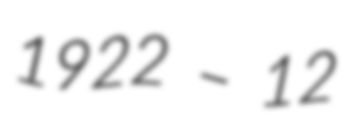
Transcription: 1922 – 12